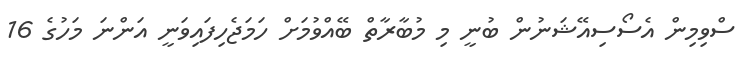
ސްވިމިން އެސޯސިއޭޝަނުން ބުނީ މި މުބާރާތް ބޭއްވުމަށް ހަމަޖެހިފައިވަނީ އަންނަ މަހުގެ 16